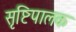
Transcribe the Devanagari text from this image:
सृष्टिपालक